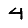
Digit: 4